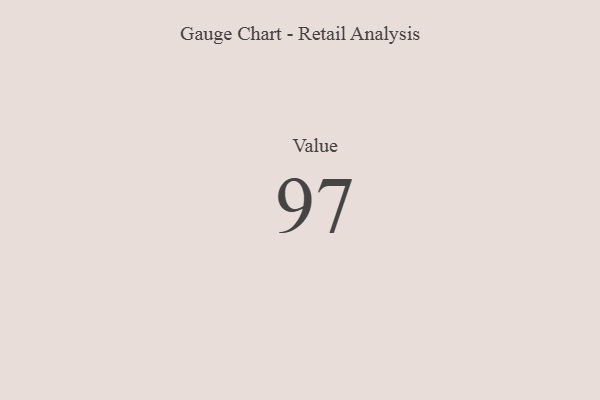
{"axis": {"x": "Metric", "y": "Value"}, "legend": [""], "data": [{"x": "Value", "y": 97, "type": ""}]}